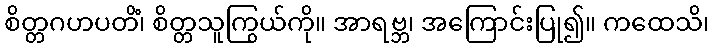
စိတ္တဂဟပတိံ၊ စိတ္တသူကြွယ်ကို။ အာရဗ္ဘ၊ အကြောင်းပြု၍။ ကထေသိ၊